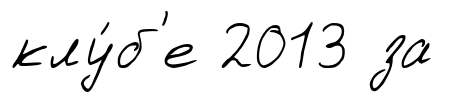
клу́б'е 2013 за